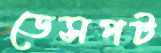
ডেসপট